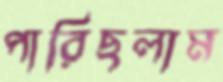
পারিছলাম